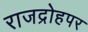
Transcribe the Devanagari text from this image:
राजद्रोहपर